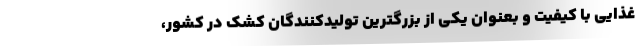
غذایی با کیفیت و بعنوان یکی از بزرگترین تولیدکنندگان کشک در کشور،